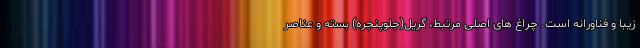
زیبا و فناورانه است. چراغ های اصلی مرتبط، گریل(جلوپنجره) بسته و عناصر